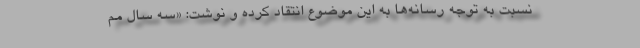
نسبت به توجه رسانه‌ها به این موضوع انتقاد کرده و نوشت: «سه سال مم